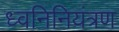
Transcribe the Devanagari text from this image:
ध्वनिनियंत्रण